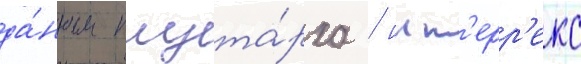
да́нным плута́рха / инт'ерр'екс